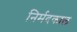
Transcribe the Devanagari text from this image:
निर्मदकाल